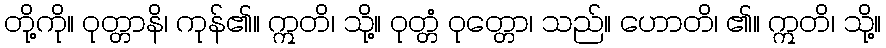
တို့ကို။ ဝုတ္တာနိ၊ ကုန်၏။ ဣတိ၊ သို့။ ဝုတ္တံ ဝုတ္တော၊ သည်။ ဟောတိ၊ ၏။ ဣတိ၊ သို့။